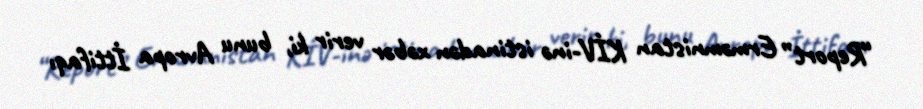
“Report” Erməmnistan KİV-inə istinadən xəbər verir ki, bunu Avropa İttifaqı